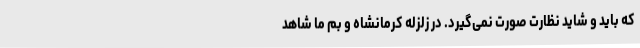
که باید و شاید نظارت صورت نمی‌گیرد. در زلزله کرمانشاه و بم ما شاهد